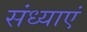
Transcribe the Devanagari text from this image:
संध्याएं